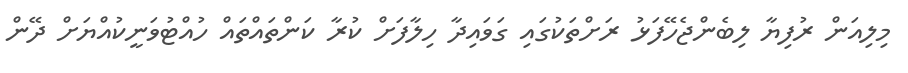
މިލިއަން ރުފިޔާ ލިބެންޖެހޭފަޅު ރަށްތަކުގައި ގަވައިދާ ހިލާފަށް ކުރާ ކަންތައްތައް ހުއްޓުވަނީކުއްޔަށް ދޭން